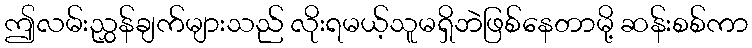
ဤလမ်းညွှန်ချက်များသည် လိုးရမယ့်သူမရှိဘဲဖြစ်နေတာမို့ ဆန်းစစ်ကာ